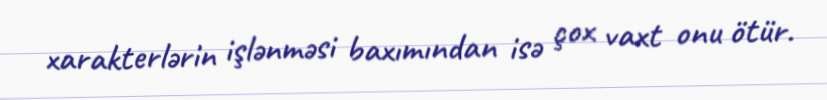
xarakterlərin işlənməsi baxımından isə çox vaxt onu ötür.